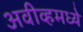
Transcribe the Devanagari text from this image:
अवीव्हमध्ये